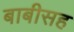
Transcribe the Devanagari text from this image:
बाबीसह